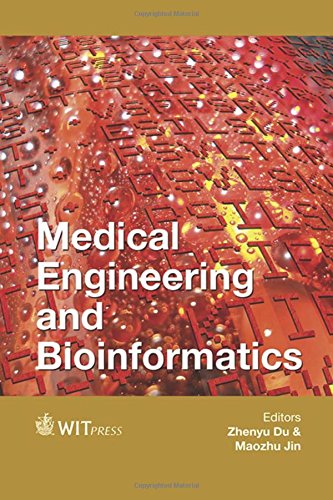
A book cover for Medical Engineering and Bioinformatics (WIT Transactions on Biomedicine and Health); ZhenyuDu; Computers & Technology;